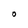
Character: O